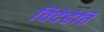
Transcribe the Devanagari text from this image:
विदेहेति